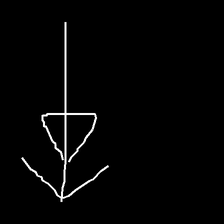
Glyph: pull